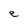
Character: e